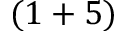
( 1 + 5 )